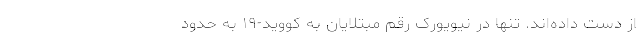
از دست داده‌اند. تنها در نیویورک رقم مبتلایان به کووید-۱۹ به حدود